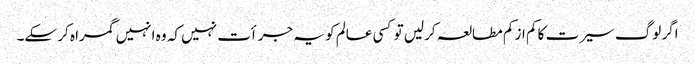
اگر لوگ سیرت کا کم از کم مطالعہ کرلیں تو کسی عالم کو یہ جرأت نہیں کہ وہ انہیں گمراہ کر سکے۔